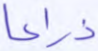
ذراعا